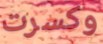
وكسرت